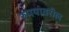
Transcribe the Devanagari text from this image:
रुपयावरील